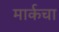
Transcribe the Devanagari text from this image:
मार्कचा